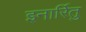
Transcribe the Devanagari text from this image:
इनार्रितु